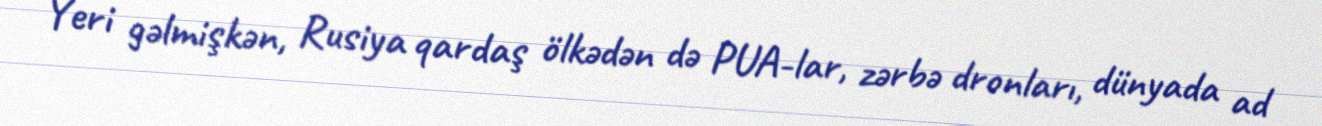
Yeri gəlmişkən, Rusiya qardaş ölkədən də PUA-lar, zərbə dronları, dünyada ad